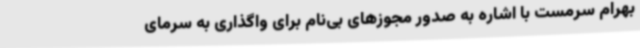
بهرام سرمست با اشاره به صدور مجوزهای بی‌نام برای واگذاری به سرمای